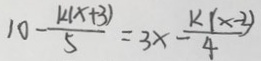
1 0 - \frac { k ( x + 3 ) } { 5 } = 3 x - \frac { k ( x - 2 ) } { 4 }